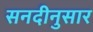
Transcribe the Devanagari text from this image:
सनदीनुसार